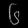
Digit: ၆